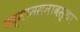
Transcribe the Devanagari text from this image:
पद्मामसनावस्था